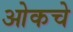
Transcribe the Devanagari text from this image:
ओकचे